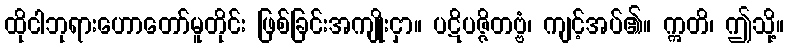
ထိုငါဘုရားဟောတော်မူတိုင်း ဖြစ်ခြင်းအကျိုးငှာ။ ပဋိပဇ္ဇိတဗ္ဗံ၊ ကျင့်အပ်၏။ ဣတိ၊ ဤသို့။